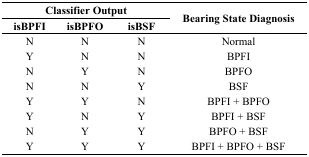
<table><thead><tr><td colspan="3"><b>Classifier Output</b></td><td rowspan="3"><b>Bearing State Diagnosis</b></td></tr><tr><td><b>isBPFI</b></td><td><b>isBPFO</b></td><td><b>isBSF</b></td></tr></thead><tbody><tr><td>N</td><td>N</td><td>N</td><td>Normal</td></tr><tr><td>Y</td><td>N</td><td>N</td><td>BPFI</td></tr><tr><td>N</td><td>Y</td><td>N</td><td>BPFO</td></tr><tr><td>N</td><td>N</td><td>Y</td><td>BSF</td></tr><tr><td>Y</td><td>Y</td><td>N</td><td>BPFI + BPFO</td></tr><tr><td>Y</td><td>N</td><td>Y</td><td>BPFI + BSF</td></tr><tr><td>N</td><td>Y</td><td>Y</td><td>BPFO + BSF</td></tr><tr><td>Y</td><td>Y</td><td>Y</td><td>BPFI + BPFO + BSF</td></tr></tbody></table>